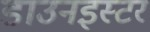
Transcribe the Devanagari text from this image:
डाउनइस्टर